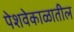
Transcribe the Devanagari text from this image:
पेशवेकाळातील